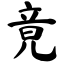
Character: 竟